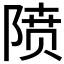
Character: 𱀡